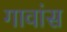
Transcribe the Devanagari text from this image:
गावांस